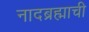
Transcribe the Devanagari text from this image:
नादब्रह्माची